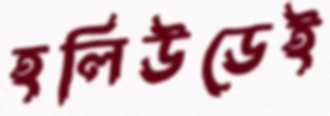
হলিউডেই